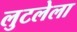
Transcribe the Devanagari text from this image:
लुटलेला